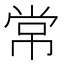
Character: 常